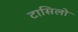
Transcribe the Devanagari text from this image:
टासिलो